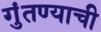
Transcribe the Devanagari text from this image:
गुंतण्याची